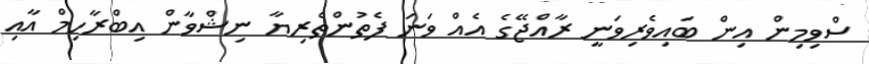
ސްވިމިން އިން ބައިވެރިވަނީ ރާއްޖޭގެ އެއް ވަނަ ފެތުންތެރިޔާ ނިޝްވާން އިބްރާހިމް އާއި